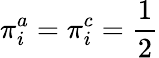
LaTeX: \pi_{i}^{a}=\pi_{i}^{c}=\frac{1}{2}